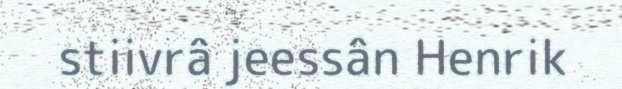
stiivrâ jeessân Henrik